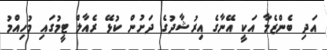
އަދި ބެންޒެމާ އަކީ އޭނާގެ އިރުޝާދުގެ ދަށުން ކުޅޭ ރެއާލް ޓީމުގައި މުހިއްމު